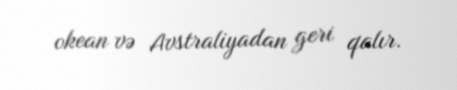
okean və Avstraliyadan geri qalır.